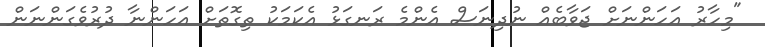
"މިހާރު އަހަންނަށް ޖަވާބެއް ނުދިނަސް އެންމެ ރަނގަޅު އެކަމަކު ތިގޮތަށް އަހަންނާ ދުރުވެގަންނަން